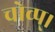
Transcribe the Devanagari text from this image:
चोव्प्।